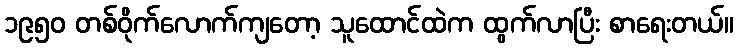
၁၉၅၀ တစ်ဝိုက်လောက်ကျတော့ သူထောင်ထဲက ထွက်လာပြီး စာရေးတယ်။